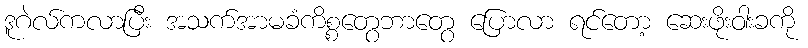
ဒူဂဲလ်ကလာပြီး အသက်အာမခံကိစ္စတွေဘာတွေ ပြောလာ ရင်တော့ ဆေးဖိုးဝါးခကို